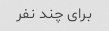
برای چند نفر